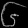
Digit: ၆